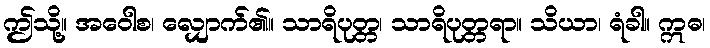
ဤသို့။ အဝေါစ၊ လျှောက်၏။ သာရိပုတ္တ၊ သာရိပုတ္တရာ။ သိယာ၊ ရံခါ။ ဣဓ၊